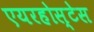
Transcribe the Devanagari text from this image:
एयरहोस्टेस